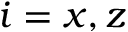
i = x , z